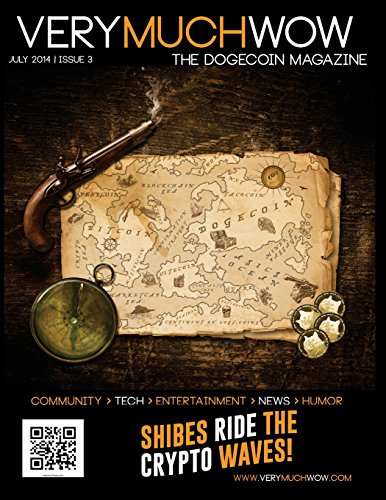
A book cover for Very Much Wow: The Dogecoin Magazine | July 2014 (Volume 3); Birdie Jaworski; Computers & Technology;